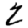
Digit: 2